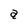
Character: a